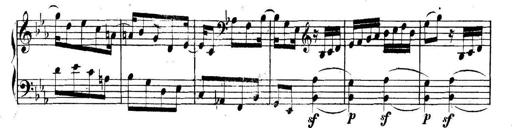
Title: Collected Piano Sonatas
Composer: Muzio Clementi